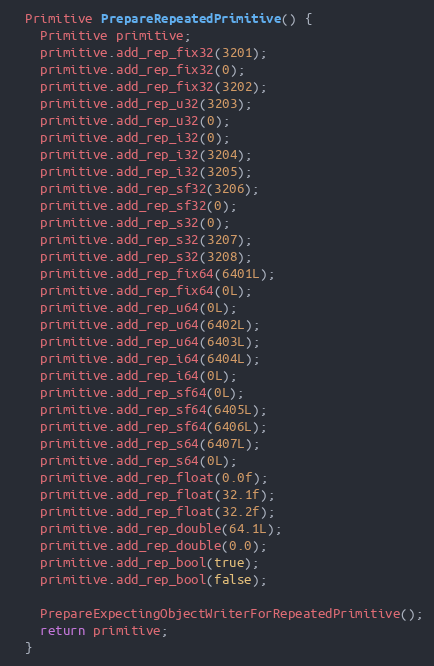
Language: C++
  Primitive PrepareRepeatedPrimitive() {
    Primitive primitive;
    primitive.add_rep_fix32(3201);
    primitive.add_rep_fix32(0);
    primitive.add_rep_fix32(3202);
    primitive.add_rep_u32(3203);
    primitive.add_rep_u32(0);
    primitive.add_rep_i32(0);
    primitive.add_rep_i32(3204);
    primitive.add_rep_i32(3205);
    primitive.add_rep_sf32(3206);
    primitive.add_rep_sf32(0);
    primitive.add_rep_s32(0);
    primitive.add_rep_s32(3207);
    primitive.add_rep_s32(3208);
    primitive.add_rep_fix64(6401L);
    primitive.add_rep_fix64(0L);
    primitive.add_rep_u64(0L);
    primitive.add_rep_u64(6402L);
    primitive.add_rep_u64(6403L);
    primitive.add_rep_i64(6404L);
    primitive.add_rep_i64(0L);
    primitive.add_rep_sf64(0L);
    primitive.add_rep_sf64(6405L);
    primitive.add_rep_sf64(6406L);
    primitive.add_rep_s64(6407L);
    primitive.add_rep_s64(0L);
    primitive.add_rep_float(0.0f);
    primitive.add_rep_float(32.1f);
    primitive.add_rep_float(32.2f);
    primitive.add_rep_double(64.1L);
    primitive.add_rep_double(0.0);
    primitive.add_rep_bool(true);
    primitive.add_rep_bool(false);

    PrepareExpectingObjectWriterForRepeatedPrimitive();
    return primitive;
  }